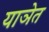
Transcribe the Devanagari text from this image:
याञेत